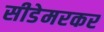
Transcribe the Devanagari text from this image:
सीडेमरकर